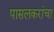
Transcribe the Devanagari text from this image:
पासलकरांचा